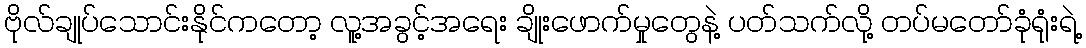
ဗိုလ်ချုပ်သောင်းနိုင်ကတော့ လူ့အခွင့်အရေး ချိုးဖောက်မှုတွေနဲ့ ပတ်သက်လို့ တပ်မတော်ခုံရုံးရဲ့